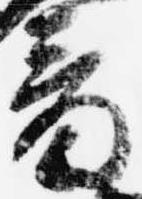
音